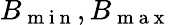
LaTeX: B_{\mathrm{~m~i~n~}},B_{\mathrm{~m~a~x~}}